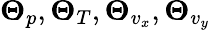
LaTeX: \boldsymbol{\Theta}_{p},\boldsymbol{\Theta}_{T},\boldsymbol{\Theta}_{v_{x}},\boldsymbol{\Theta}_{v_{y}}